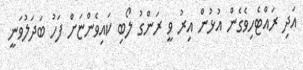
އަދި ރައްޓެހިވެގެން އުޅުން އިރު ވީ ރަންގު ލޯބި ކައިވެންޏަށް ފަހު ބަދަލުވަނީ